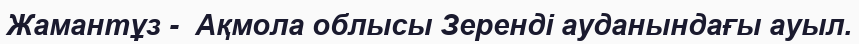
Жамантұз -  Ақмола облысы Зеренді ауданындағы ауыл.